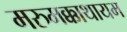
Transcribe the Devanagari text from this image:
मरुमक्काथायम